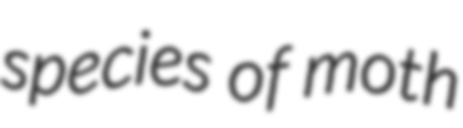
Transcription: species of moth